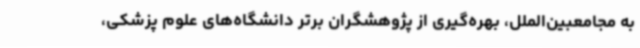
به مجامعبین‌الملل، بهره‌گیری از پژوهشگران برتر دانشگاه‌های علوم پزشکی،